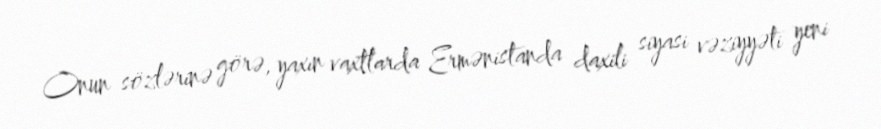
Onun sözlərinə görə, yaxın vaxtlarda Ermənistanda daxili siyasi vəziyyəti yeni